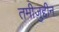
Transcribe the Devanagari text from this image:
तमीज़ुद्दीन